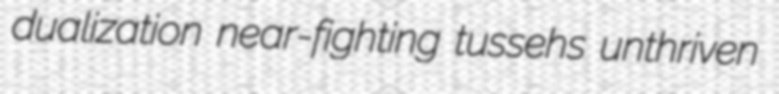
dualization near-fighting tussehs unthriven